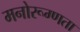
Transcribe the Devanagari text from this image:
मनोरूग्णता